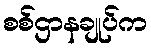
စစ်ဌာနချုပ်က